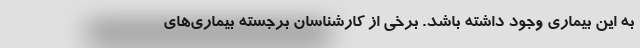
به این بیماری وجود داشته باشد. برخی از کارشناسان برجسته بیماری‌های